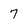
Character: 7